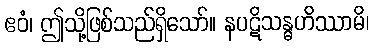
ဧဝံ၊ ဤသို့ဖြစ်သည်ရှိသော်။ နပဋိသန္ဓဟိဿာမိ၊